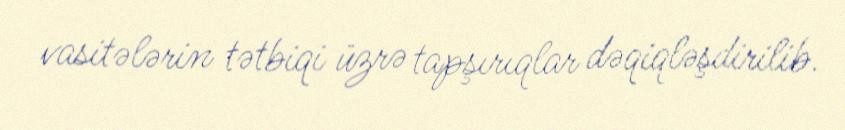
vasitələrin tətbiqi üzrə tapşırıqlar dəqiqləşdirilib.